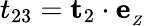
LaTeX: t_{23}=\mathbf{t}_{2}\cdot\mathbf{e}_{_Z}